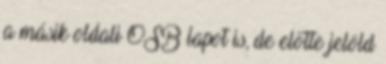
a másik oldali OSB lapot is, de előtte jelöld